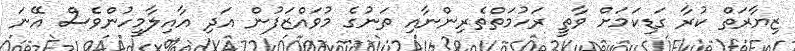
ޒިޔާރަތް ކުރާ ގަޑިކަމަށް ވާތީ ރަހުމަތްތެރިންނާއި ތަނުގެ މުވައްޒަފުން އަދި އާއިލާމީހުންވެސް އޭނަ